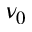
\nu _ { 0 }